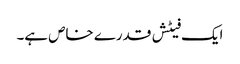
ایک فیٹش قدرے خاص ہے۔